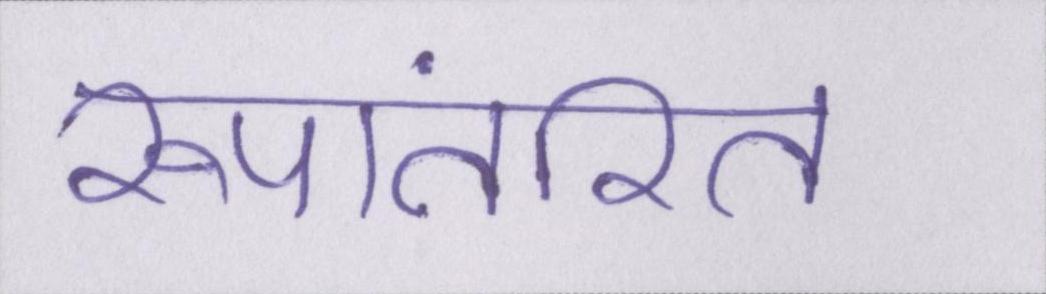
रूपांतरित